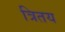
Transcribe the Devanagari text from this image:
त्रितय